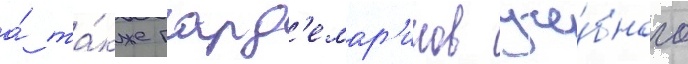
а́ та́кже гард'емар'инов уче́бного